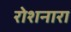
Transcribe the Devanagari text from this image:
रोशनारा